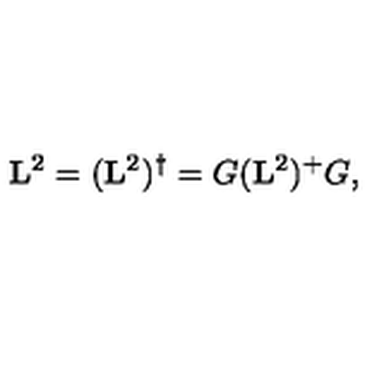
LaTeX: \mathbf { L } ^ { 2 } = ( \mathbf { L } ^ { 2 } ) ^ { \dagger } = G ( \mathbf { L } ^ { 2 } ) ^ { + } G ,